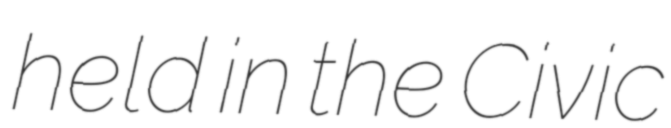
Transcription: held in the Civic